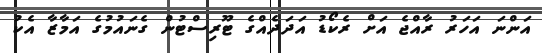
އަންނަ އަހަރު ރާއްޖެ އަށް ރެކޯޑު އަދަދެއްގެ ޓޫރިސްޓުން ގެނައުމުގެ އަމާޒާ އެކު